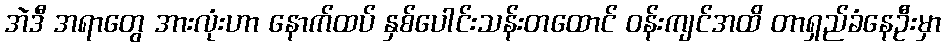
အဲဒီ အရာတွေ အားလုံးဟာ နောက်ထပ် နှစ်ပေါင်းသန်းတထောင် ဝန်းကျင်အထိ တာရှည်ခံနေဦးမှာ